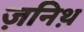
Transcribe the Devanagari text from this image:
ज़निथ़